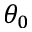
\theta _ { 0 }